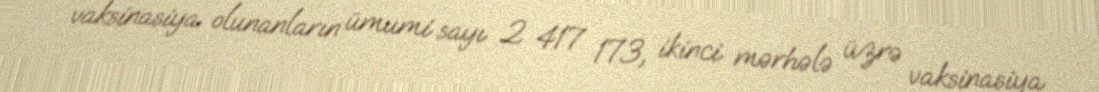
vaksinasiya olunanların ümumi sayı 2 417 173, ikinci mərhələ üzrə vaksinasiya